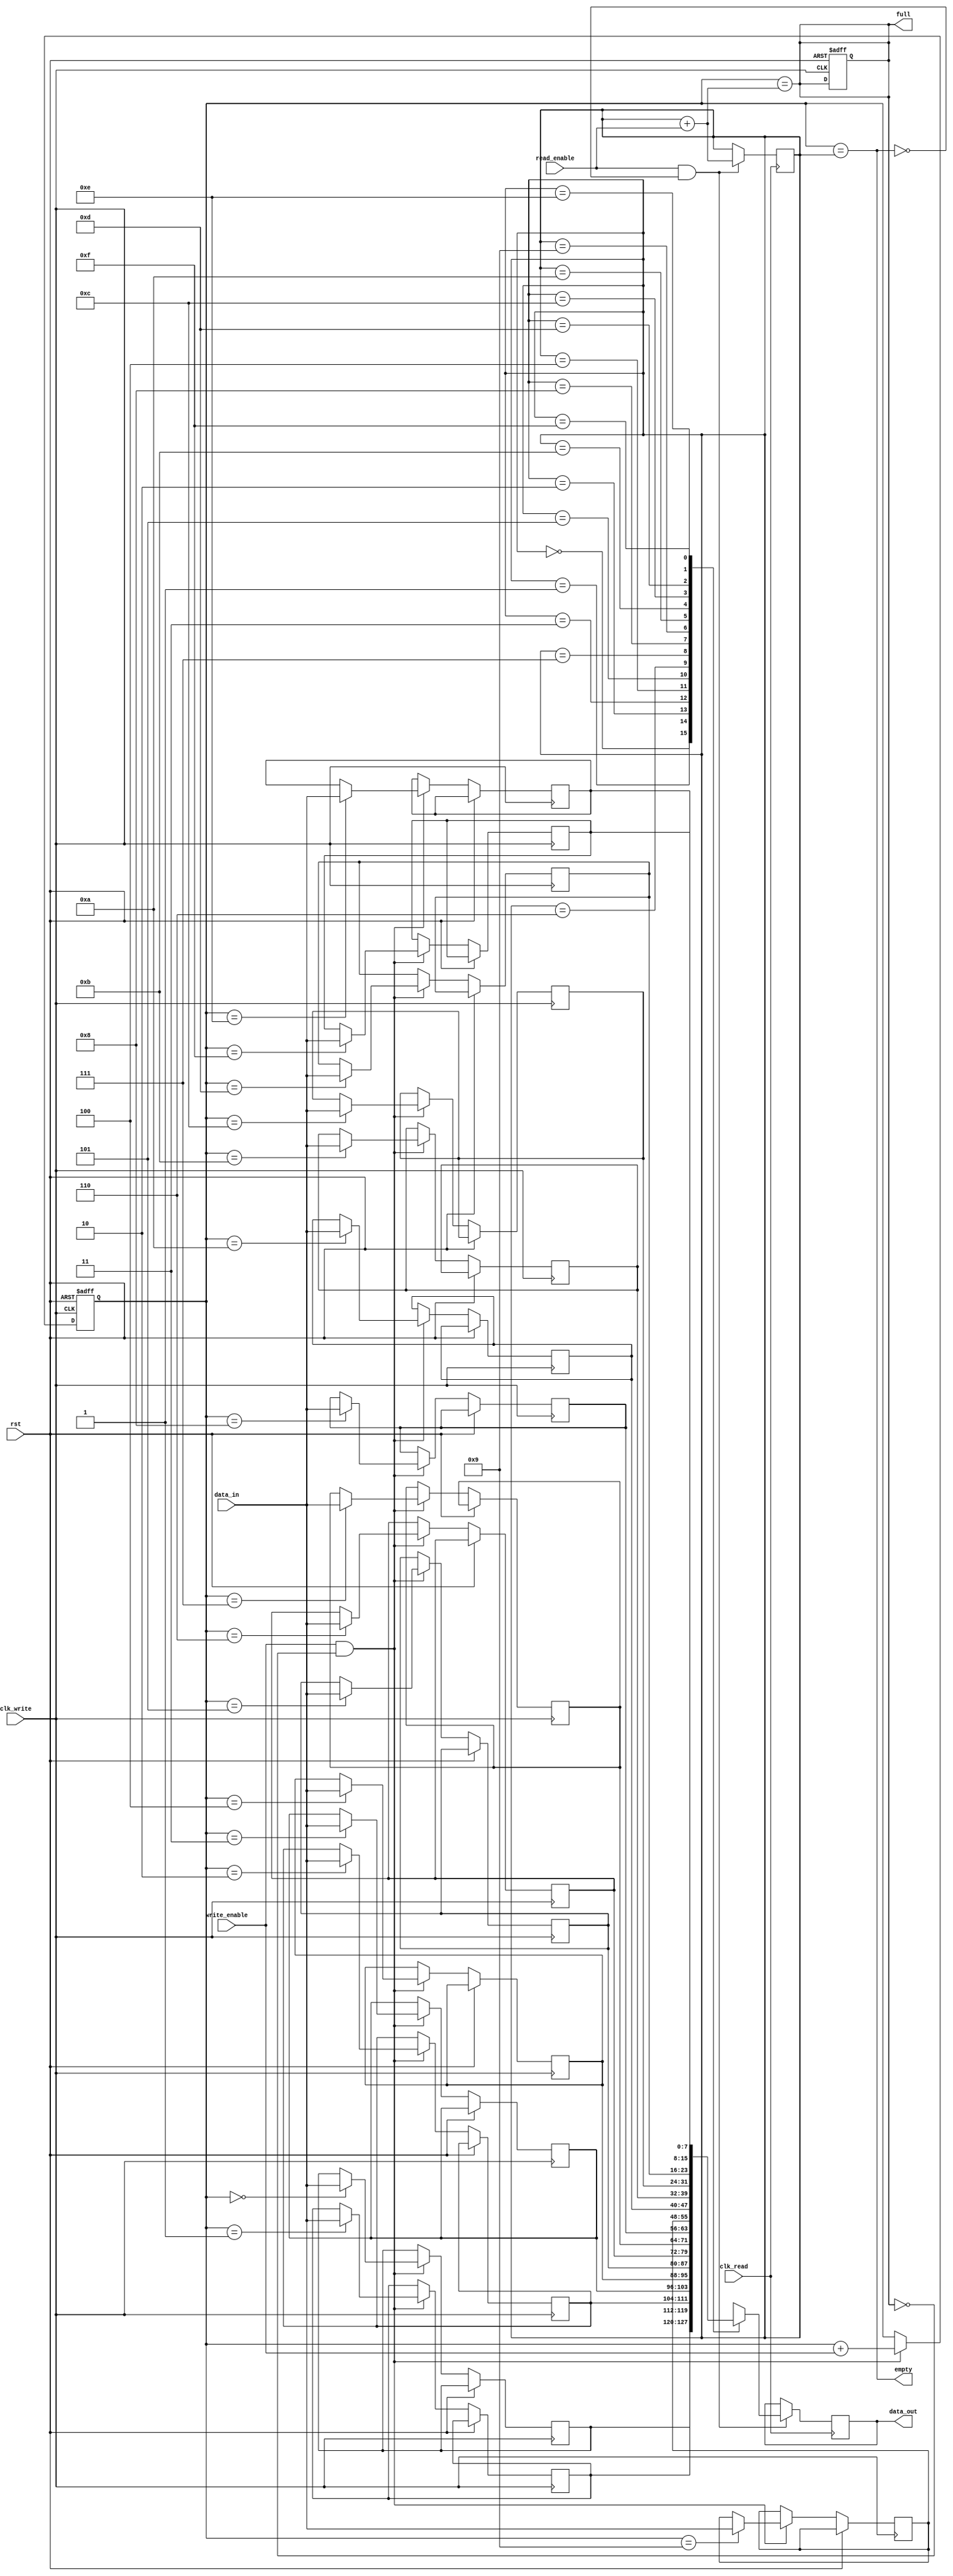
module fifo_control (
    input clk_write, // Write clock domain
    input clk_read, // Read clock domain
    input rst, // Reset signal
    input write_enable, // Write enable signal
    input read_enable, // Read enable signal
    input [7:0] data_in, // Input data
    output reg [7:0] data_out, // Output data
    output reg full, // Full flag
    output reg empty // Empty flag
);

reg [7:0] fifo [15:0]; // FIFO buffer with 16 entries
reg [3:0] wr_ptr = 0; // Write pointer
reg [3:0] rd_ptr = 0; // Read pointer
wire [3:0] next_wr_ptr, next_rd_ptr; // Next write and read pointers

// Write clock domain crossing logic
always @(posedge clk_write or posedge rst) begin
    if (rst) begin
        wr_ptr <= 4'b0000;
        full <= 1'b0;
    end else begin
        if (write_enable && !full) begin
            fifo[wr_ptr] <= data_in;
            wr_ptr <= next_wr_ptr;
        end
    end
end

// Read clock domain crossing logic
always @(posedge clk_read) begin
    if (read_enable && !empty) begin
        data_out <= fifo[rd_ptr];
        rd_ptr <= next_rd_ptr;
    end
end

// Handshaking logic to manage data transfer between clock domains
always @(*) begin
    full = (wr_ptr == next_rd_ptr);
    empty = (wr_ptr == rd_ptr);
    next_wr_ptr = wr_ptr + write_enable;
    next_rd_ptr = rd_ptr + read_enable;
end

endmodule